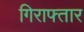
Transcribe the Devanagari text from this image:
गिराफ्तार